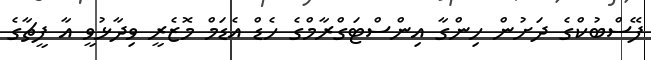
ފޭސްބުކްގެ ދަށުން ހިންގާ އިންސްޓަގްރާމްގެ ހެޑް އެޑަމް މޮޒެރީ ވިދާޅުވީ އާ ފީޗާގެ